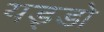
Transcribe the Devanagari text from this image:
यड्डो